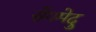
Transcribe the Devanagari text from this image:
सेंगमेदु